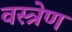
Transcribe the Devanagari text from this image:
वस्त्रेण